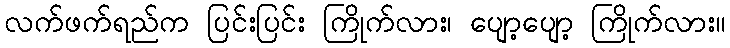
လက်ဖက်ရည်က ပြင်းပြင်း ကြိုက်လား၊ ပျော့ပျော့ ကြိုက်လား။